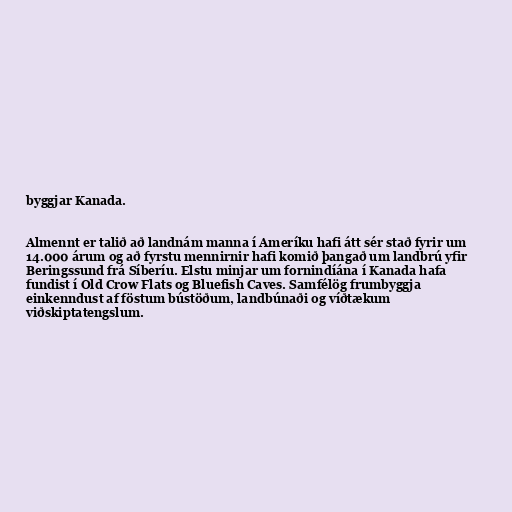
byggjar Kanada.

Almennt er talið að landnám manna í Ameríku hafi átt sér stað fyrir um
14.000 árum og að fyrstu mennirnir hafi komið þangað um landbrú yfir
Beringssund frá Síberíu. Elstu minjar um fornindíána í Kanada hafa
fundist í Old Crow Flats og Bluefish Caves. Samfélög frumbyggja
einkenndust af föstum bústöðum, landbúnaði og víðtækum
viðskiptatengslum.